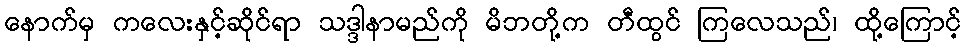
နောက်မှ ကလေးနှင့်ဆိုင်ရာ သဒ္ဒါနာမည်ကို မိဘတို့က တီထွင် ကြလေသည်၊ ထို့ကြောင့်